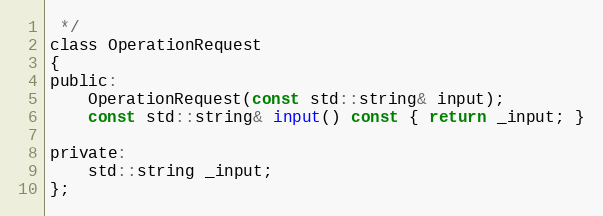
Language: C
 */
class OperationRequest
{
public:
    OperationRequest(const std::string& input);
    const std::string& input() const { return _input; }

private:
    std::string _input;
};